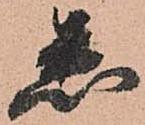
悉